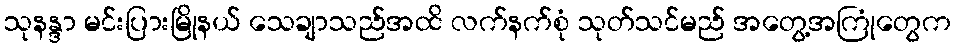
သုနန္ဒာ မင်းပြားမြိုနယ် သေချာသည်အထိ လက်နက်စုံ သုတ်သင်မည် အတွေ့အကြုံတွေက